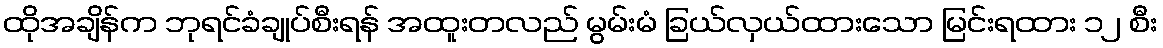
ထိုအချိန်က ဘုရင်ခံချုပ်စီးရန် အထူးတလည် မွမ်းမံ ခြယ်လှယ်ထားသော မြင်းရထား ၁၂ စီး